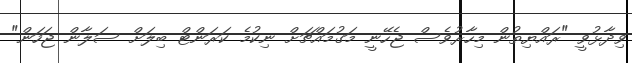
ވިދާޅުވީ "ރައްޔިތުން މިހާރުވެސް ޖެހޭނީ މަގުމައްޗަށް ނިކުމެ ކަރަންޓް ބިލަށް ސަލާން ޖަހަން"